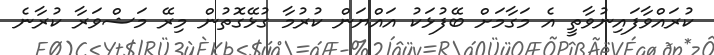
ކުރައްވާފައިނުވާތީ އެ މަގާމަށް ބޭފުޅަކު އައްޔަން ކުރުމާ ގުޅޭގޮތުން މިރޭ މަޝްވަރާ ކުރާނެ